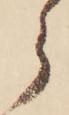
ら